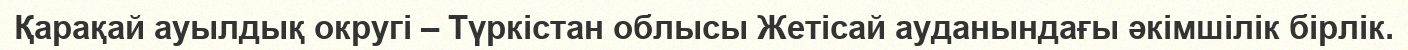
Қарақай ауылдық округі – Түркістан облысы Жетісай ауданындағы әкімшілік бірлік.